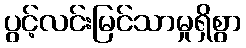
ပွင့်လင်းမြင်သာမှုရှိစွာ